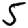
Digit: 5